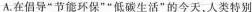
A.在倡导”节能环保””低碳生活”的今天，人类特别